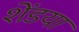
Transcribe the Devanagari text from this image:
शेंडया